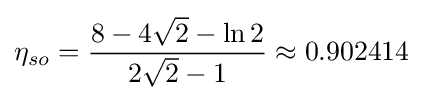
\eta _{so}={\frac {8-4{\sqrt {2}}-\ln {2}}{2{\sqrt {2}}-1}}\approx 0.902414